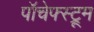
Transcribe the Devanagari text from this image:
पॉचेफ्स्ट्रूम